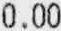
0.00